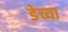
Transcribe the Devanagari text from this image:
डेच्या